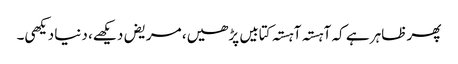
پھر ظاہر ہے کہ آہستہ آہستہ کتابیں پڑھیں، مریض دیکھے، دنیا دیکھی۔